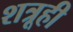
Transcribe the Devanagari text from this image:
शत्रूही